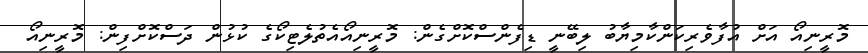
މޮރީނިއޯ އަށް އުފާވެރިކަންކާމިޔާބު ލިބޭނީ ޑިފެންސްކޮށްގެން: މޮރީނިއޯއެތުލެޓިކޯގެ ކުޅުން ދަސްކޮށްފިން: މޮރީނިއޯ